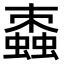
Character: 𧑖